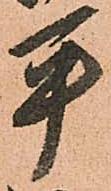
平